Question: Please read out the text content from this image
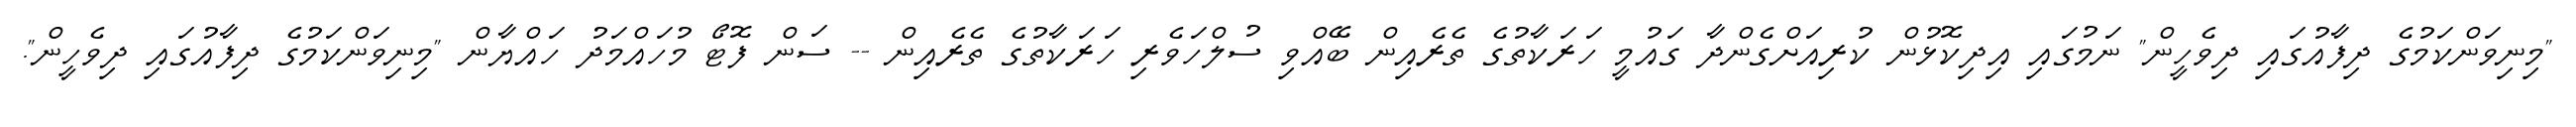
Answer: "މިނިވަންކަމުގެ ދިފާއުގައި ދިވެހީން" ނަމުގައި އިދިކޮޅުން ކުރިއަށްގެންދާ ގައުމީ ހަރަކާތުގެ ތެރެއިން ބޭއްވި ސުލްހަވެރި ހަރަކާތުގެ ތެރެއިން -- ސަން ފޮޓޯ މުހައްމަދު ހައްޔާން "މިނިވަންކަމުގެ ދިފާއުގައި ދިވެހީން".